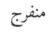
منفرج